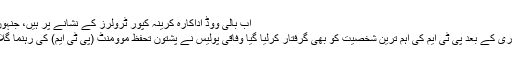
اب بالی ووڈ اداکارہ کرینہ کپور ٹرولرز کے نشانے پر ہیں، جنہوں نے اپنی ایک بغیر میک اپ تصویر …
آصف زرداری کی نیب کے ہاتھوں گرفتاری کے بعد پی ٹی ایم کی اہم ترین شخصیت کو بھی گرفتار کرلیا گیا وفاقی پولیس نے پشتون تحفظ موومنٹ (پی ٹی ایم) کی رہنما گلالئی اسماعیل کو پشاور سے گرفتار کرلیا۔